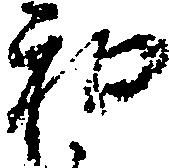
和